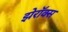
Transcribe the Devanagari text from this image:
झेरॉक्‍स